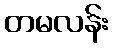
တမလန်း